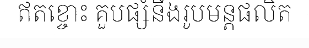
ឥតខ្ចោះ គួបផ្សំនឹងរូបមន្តផលិត